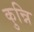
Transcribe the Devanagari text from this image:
कुन्नि